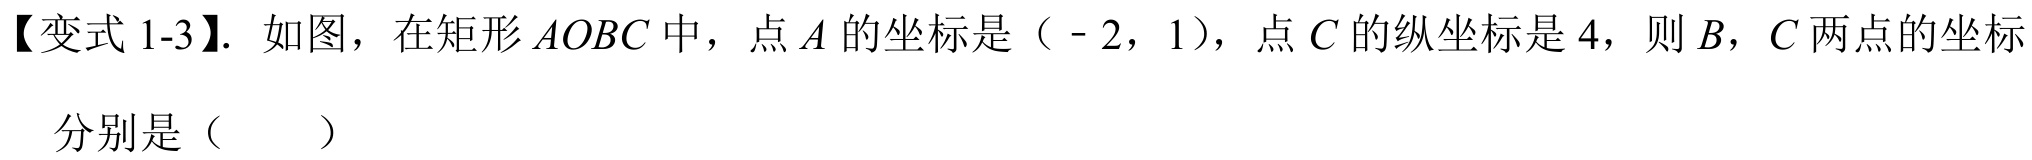
【变式 1-3】. 如图，在矩形$AOBC$中，点$A$的坐标是（ - 2，1），点$C$的纵坐标是 4，则$B$，$C$两点的坐标

分别是（  ）